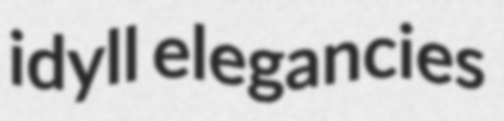
idyll elegancies